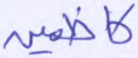
كاظمين